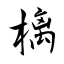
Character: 樆